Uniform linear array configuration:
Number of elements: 64
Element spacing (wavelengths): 0.75
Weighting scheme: uniform
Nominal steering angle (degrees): -60
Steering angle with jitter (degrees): -59.894
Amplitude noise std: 0.05
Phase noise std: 0.05

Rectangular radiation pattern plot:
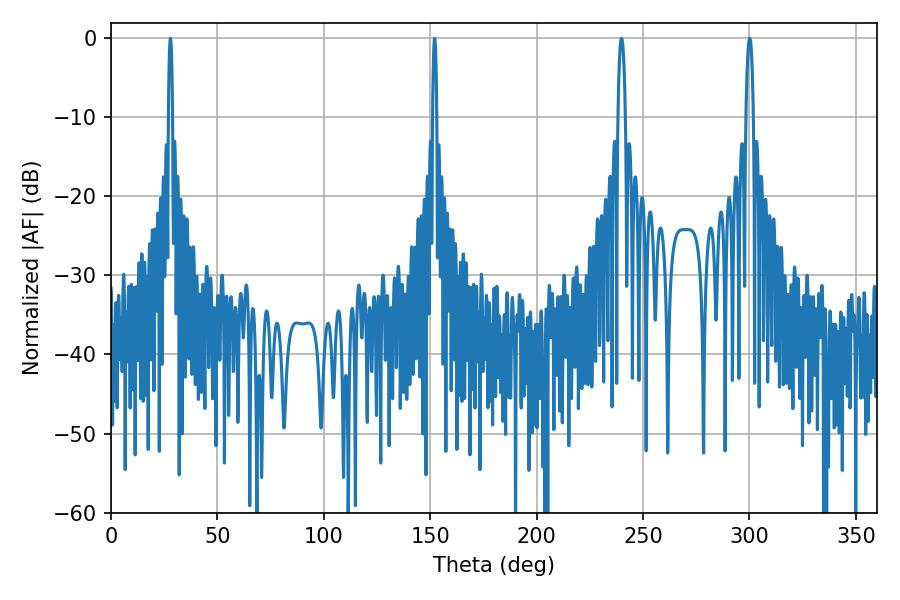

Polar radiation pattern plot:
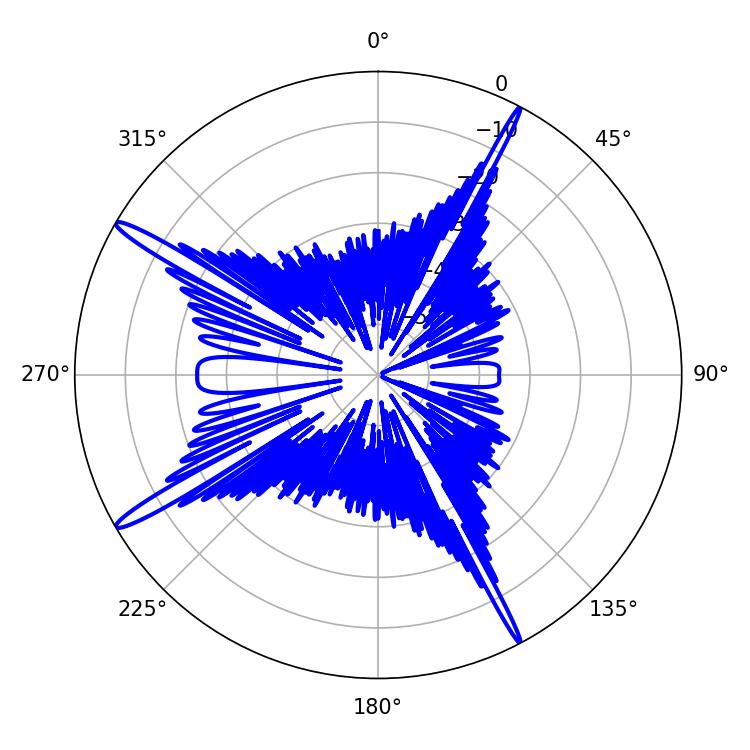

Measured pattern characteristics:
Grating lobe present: TRUE
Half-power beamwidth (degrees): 1.08
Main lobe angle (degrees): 27.9